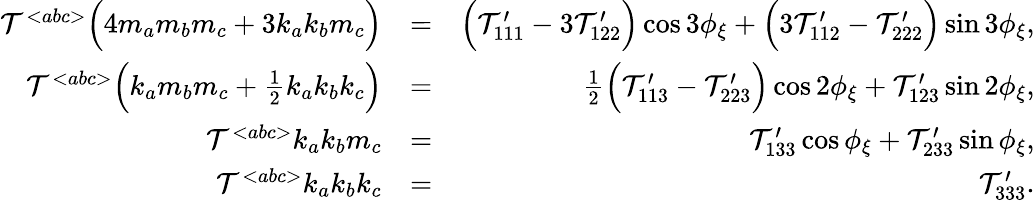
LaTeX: \begin{array}{rlr}{{\cal T}^{<abc>}\Big(4m_{a}m_{b}m_{c}+3k_{a}k_{b}m_{c}\Big)}&{=}&{\Big({\cal T}_{111}^{\prime}-3{\cal T}_{122}^{\prime}\Big)\cos 3\phi_{\xi}+\Big(3{\cal T}_{112}^{\prime}-{\cal T}_{222}^{\prime}\Big)\sin 3\phi_{\xi},}\\ {{\cal T}^{<abc>}\Big(k_{a}m_{b}m_{c}+{\textstyle\frac{1}{2}}k_{a}k_{b}k_{c}\Big)}&{=}&{{\textstyle\frac{1}{2}}\Big({\cal T}_{113}^{\prime}-{\cal T}_{223}^{\prime}\Big)\cos 2\phi_{\xi}+{\cal T}_{123}^{\prime}\sin 2\phi_{\xi},}\\ {{\cal T}^{<abc>}k_{a}k_{b}m_{c}}&{=}&{{\cal T}_{133}^{\prime}\cos\phi_{\xi}+{\cal T}_{233}^{\prime}\sin\phi_{\xi},}\\ {{\cal T}^{<abc>}k_{a}k_{b}k_{c}}&{=}&{{\cal T}_{333}^{\prime}.}\end{array}